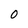
Character: 0